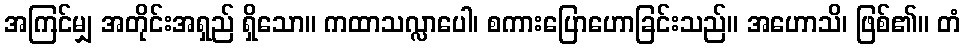
အကြင်မျှ အတိုင်းအရှည် ရှိသော။ ကထာသလ္လာပေါ၊ စကားပြောဟောခြင်းသည်။ အဟောသိ၊ ဖြစ်၏။ တံ